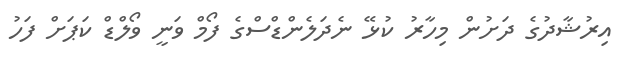
އިރުޝާދުގެ ދަށުން މިހާރު ކުޅޭ ނެދަލެންޑްސްގެ ފޯމް ވަނީ ވޯލްޑް ކަޕަށް ފަހު